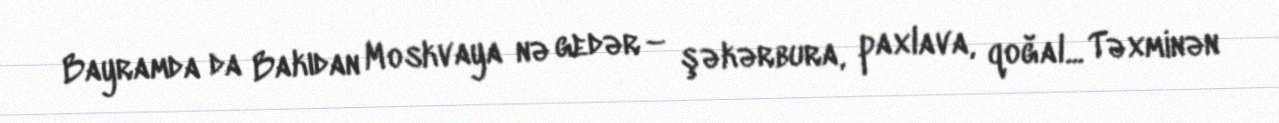
Bayramda da Bakıdan Moskvaya nə gedər – şəkərbura, paxlava, qoğal... Təxminən